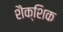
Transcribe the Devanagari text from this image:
शैक्शिक